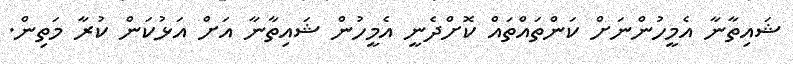
ޝައިތާނާ އެމީހުންނަށް ކަންތައްތައް ކޮށްދެނީ އެމީހުން ޝައިތާނާ އަށް އަޅުކަން ކުރާ މަތިން.